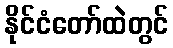
နိုင်ငံတော်ထဲတွင်